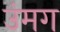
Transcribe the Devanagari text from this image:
उंमग